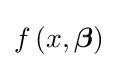
f\left(x,{\boldsymbol {\beta }}\right)